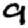
Digit: 9